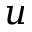
\boldsymbol { u }